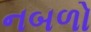
નબળો